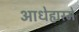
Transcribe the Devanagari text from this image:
आधेह्यस्मे